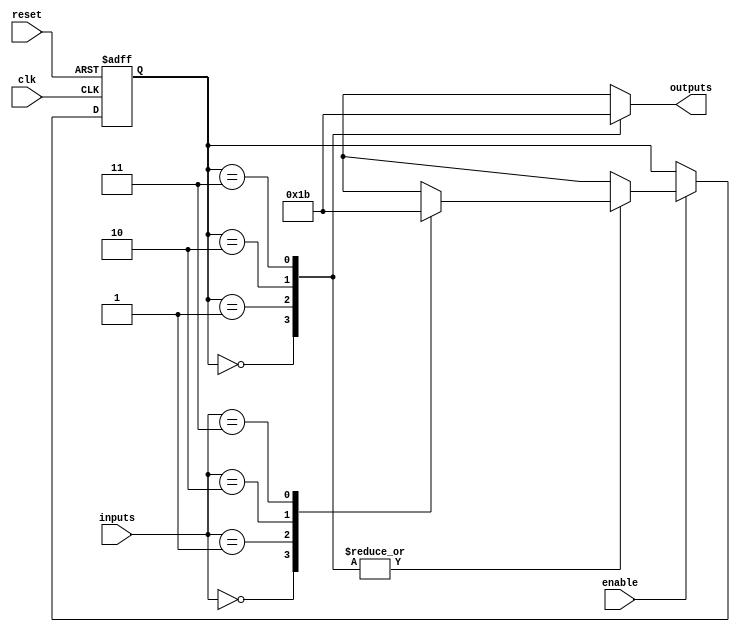
module ParameterizedStateMachine #(
    parameter NUM_STATES = 4,       // Total number of states
    parameter NUM_INPUTS = 2,       // Number of inputs
    parameter NUM_OUTPUTS = 2        // Number of outputs
)(
    input wire clk,                  // Clock signal
    input wire reset,                // Reset signal
    input wire enable,               // Enable signal
    input wire [NUM_INPUTS-1:0] inputs, // Input signals
    output reg [NUM_OUTPUTS-1:0] outputs // Output signals
);

    // State encoding
    localparam STATE_WIDTH = $clog2(NUM_STATES);
    reg [STATE_WIDTH-1:0] current_state, next_state;

    // State definitions (example states)
    localparam STATE_0 = 0,
               STATE_1 = 1,
               STATE_2 = 2,
               STATE_3 = 3;

    // Next state logic
    always @(*) begin
        if (enable) begin
            case (current_state)
                STATE_0: begin
                    case (inputs)
                        2'b00: next_state = STATE_0;
                        2'b01: next_state = STATE_1;
                        2'b10: next_state = STATE_2;
                        2'b11: next_state = STATE_3;
                        default: next_state = STATE_0;
                    endcase
                end
                STATE_1: begin
                    case (inputs)
                        2'b00: next_state = STATE_0;
                        2'b01: next_state = STATE_1;
                        2'b10: next_state = STATE_2;
                        2'b11: next_state = STATE_3;
                        default: next_state = STATE_1;
                    endcase
                end
                STATE_2: begin
                    case (inputs)
                        2'b00: next_state = STATE_0;
                        2'b01: next_state = STATE_1;
                        2'b10: next_state = STATE_2;
                        2'b11: next_state = STATE_3;
                        default: next_state = STATE_2;
                    endcase
                end
                STATE_3: begin
                    case (inputs)
                        2'b00: next_state = STATE_0;
                        2'b01: next_state = STATE_1;
                        2'b10: next_state = STATE_2;
                        2'b11: next_state = STATE_3;
                        default: next_state = STATE_3;
                    endcase
                end
                default: next_state = STATE_0;
            endcase
        end else begin
            next_state = current_state; // Hold state if not enabled
        end
    end

    // State register
    always @(posedge clk or posedge reset) begin
        if (reset) begin
            current_state <= STATE_0; // Reset to initial state
        end else begin
            current_state <= next_state; // Update state
        end
    end

    // Output logic
    always @(*) begin
        case (current_state)
            STATE_0: outputs = 2'b00; // Example output for STATE_0
            STATE_1: outputs = 2'b01; // Example output for STATE_1
            STATE_2: outputs = 2'b10; // Example output for STATE_2
            STATE_3: outputs = 2'b11; // Example output for STATE_3
            default: outputs = 2'b00;  // Default output
        endcase
    end

endmodule